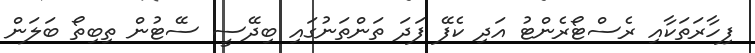
ފިހާރަތަކާއި ރެސްޓޯރެންޓު އަދި ކެފޭ ފަދަ ތަންތަނުގައި ބިދޭސީ ސޭޓުން ތިބިތޯ ބަލަން